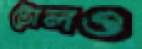
টোলও